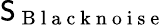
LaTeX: \mathsf{S}_{\mathrm{{~B~l~a~c~k~n~o~i~s~e~}}}